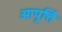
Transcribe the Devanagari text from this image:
आपूर्त्ति